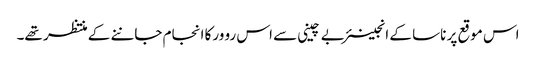
اس موقع پر ناسا کے انجینئر بے چینی سے اس رو ورکا انجام جاننے کے منتظر تھے۔